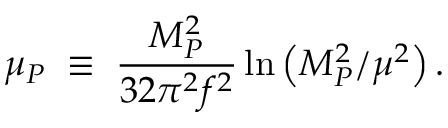
\mu _ { P } \; \equiv \; { \frac { M _ { P } ^ { 2 } } { 3 2 \pi ^ { 2 } f ^ { 2 } } } \ln { \left( M _ { P } ^ { 2 } / \mu ^ { 2 } \right) } \, .